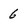
Character: 6